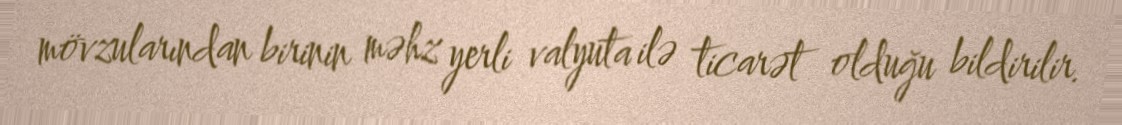
mövzularından birinin məhz yerli valyuta ilə ticarət olduğu bildirilir.